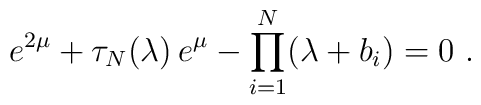
e^{2\mu}+\tau_N(\lambda)\,e^{\mu}-\prod_{i=1}^N(\lambda+b_i)=0 ~.